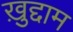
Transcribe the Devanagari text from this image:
ख़ुद्दाम